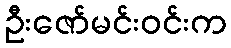
ဦးဇော်မင်းဝင်းက